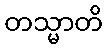
တသ္မာတိ